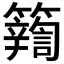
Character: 𮆽